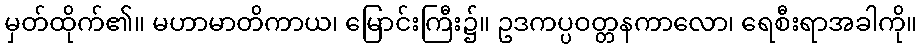
မှတ်ထိုက်၏။ မဟာမာတိကာယ၊ မြောင်းကြီး၌။ ဥဒကပ္ပဝတ္တနကာလော၊ ရေစီးရာအခါကို။